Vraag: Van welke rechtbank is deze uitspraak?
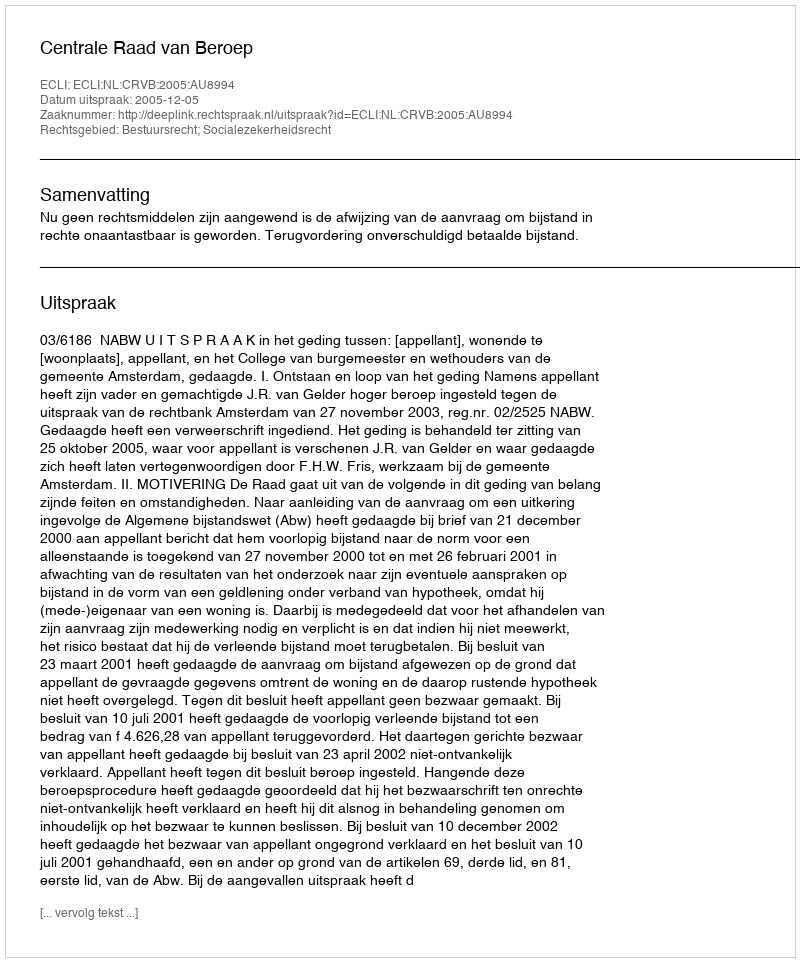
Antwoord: Centrale Raad van Beroep